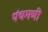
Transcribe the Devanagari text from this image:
पंचमणी